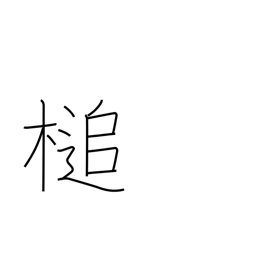
Meaning: hammer